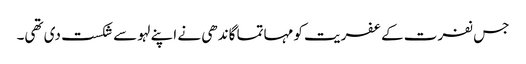
جس نفرت کے عفریت کو مہاتما گاندھی نے اپنے لہو سے شکست دی تھی۔